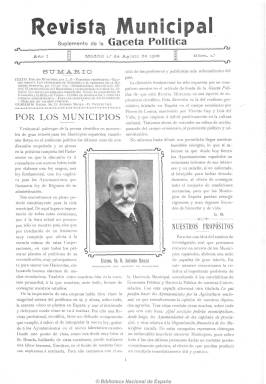
Título: Revista municipal (Madrid)
Colección: Administración local
Ámbito geográfico: Madrid
Lugar de publicación: Madrid
Fechas: 01/08/1908-01/05/1909

Subtitulada “suplemento de la Gaceta política”, estuvo dirigida por el periodista Luis Bourgon, director también de esta cabecera. Se trata de una especie de suplemento de carácter “profesional” o “científico” sobre la vida municipal en un momento en que se debate la primera ley de bases del régimen local en España. Publica artículos sobre la organización financiera y hacendística, así como otros sobre las competencias y servicios (agricultura, higiene, urbanismo, etc.) municipales. También informaciones varias de municipios y diputaciones y elecciones locales. Asimismo una consulta jurídico-administrativa y un cuadro de valores públicos. Ilustrada con grabados de políticos, gobernadores, alcaldes, profesores, edificios y obras públicas municipales. De cuatro páginas, empezó publicándose quincenalmente, como su título de referencia –Gaceta política (1908-1909)- y, finalmente, con periodicidad mensual. Duró sólo los dos escasos años de la cabecera de la que era suplemento.